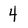
Character: 4